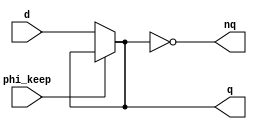
module sdff (d, phi_keep, q, nq);

	input d;				// Input value for write
	input phi_keep; 		// 1: Keep the current value, 0: You can write, the old value is "cut off"
	output q;				// Current value
	output nq;				// Current value (complement)

`ifdef ICARUS

	reg val;

	always @(*) begin
		if (!phi_keep)
			val <= d;
	end

	assign q = val;
	assign nq = ~val;

	initial val <= 1'b0;

`else

	(* keep = "true" *) wire muxout;
	assign muxout = phi_keep ? oldval : d;

	(* keep = "true" *) wire n_oldval;
	assign n_oldval = ~muxout;

	(* keep = "true" *) wire oldval;
	assign oldval = ~n_oldval;

	assign q = oldval;
	assign nq = n_oldval;

`endif

endmodule